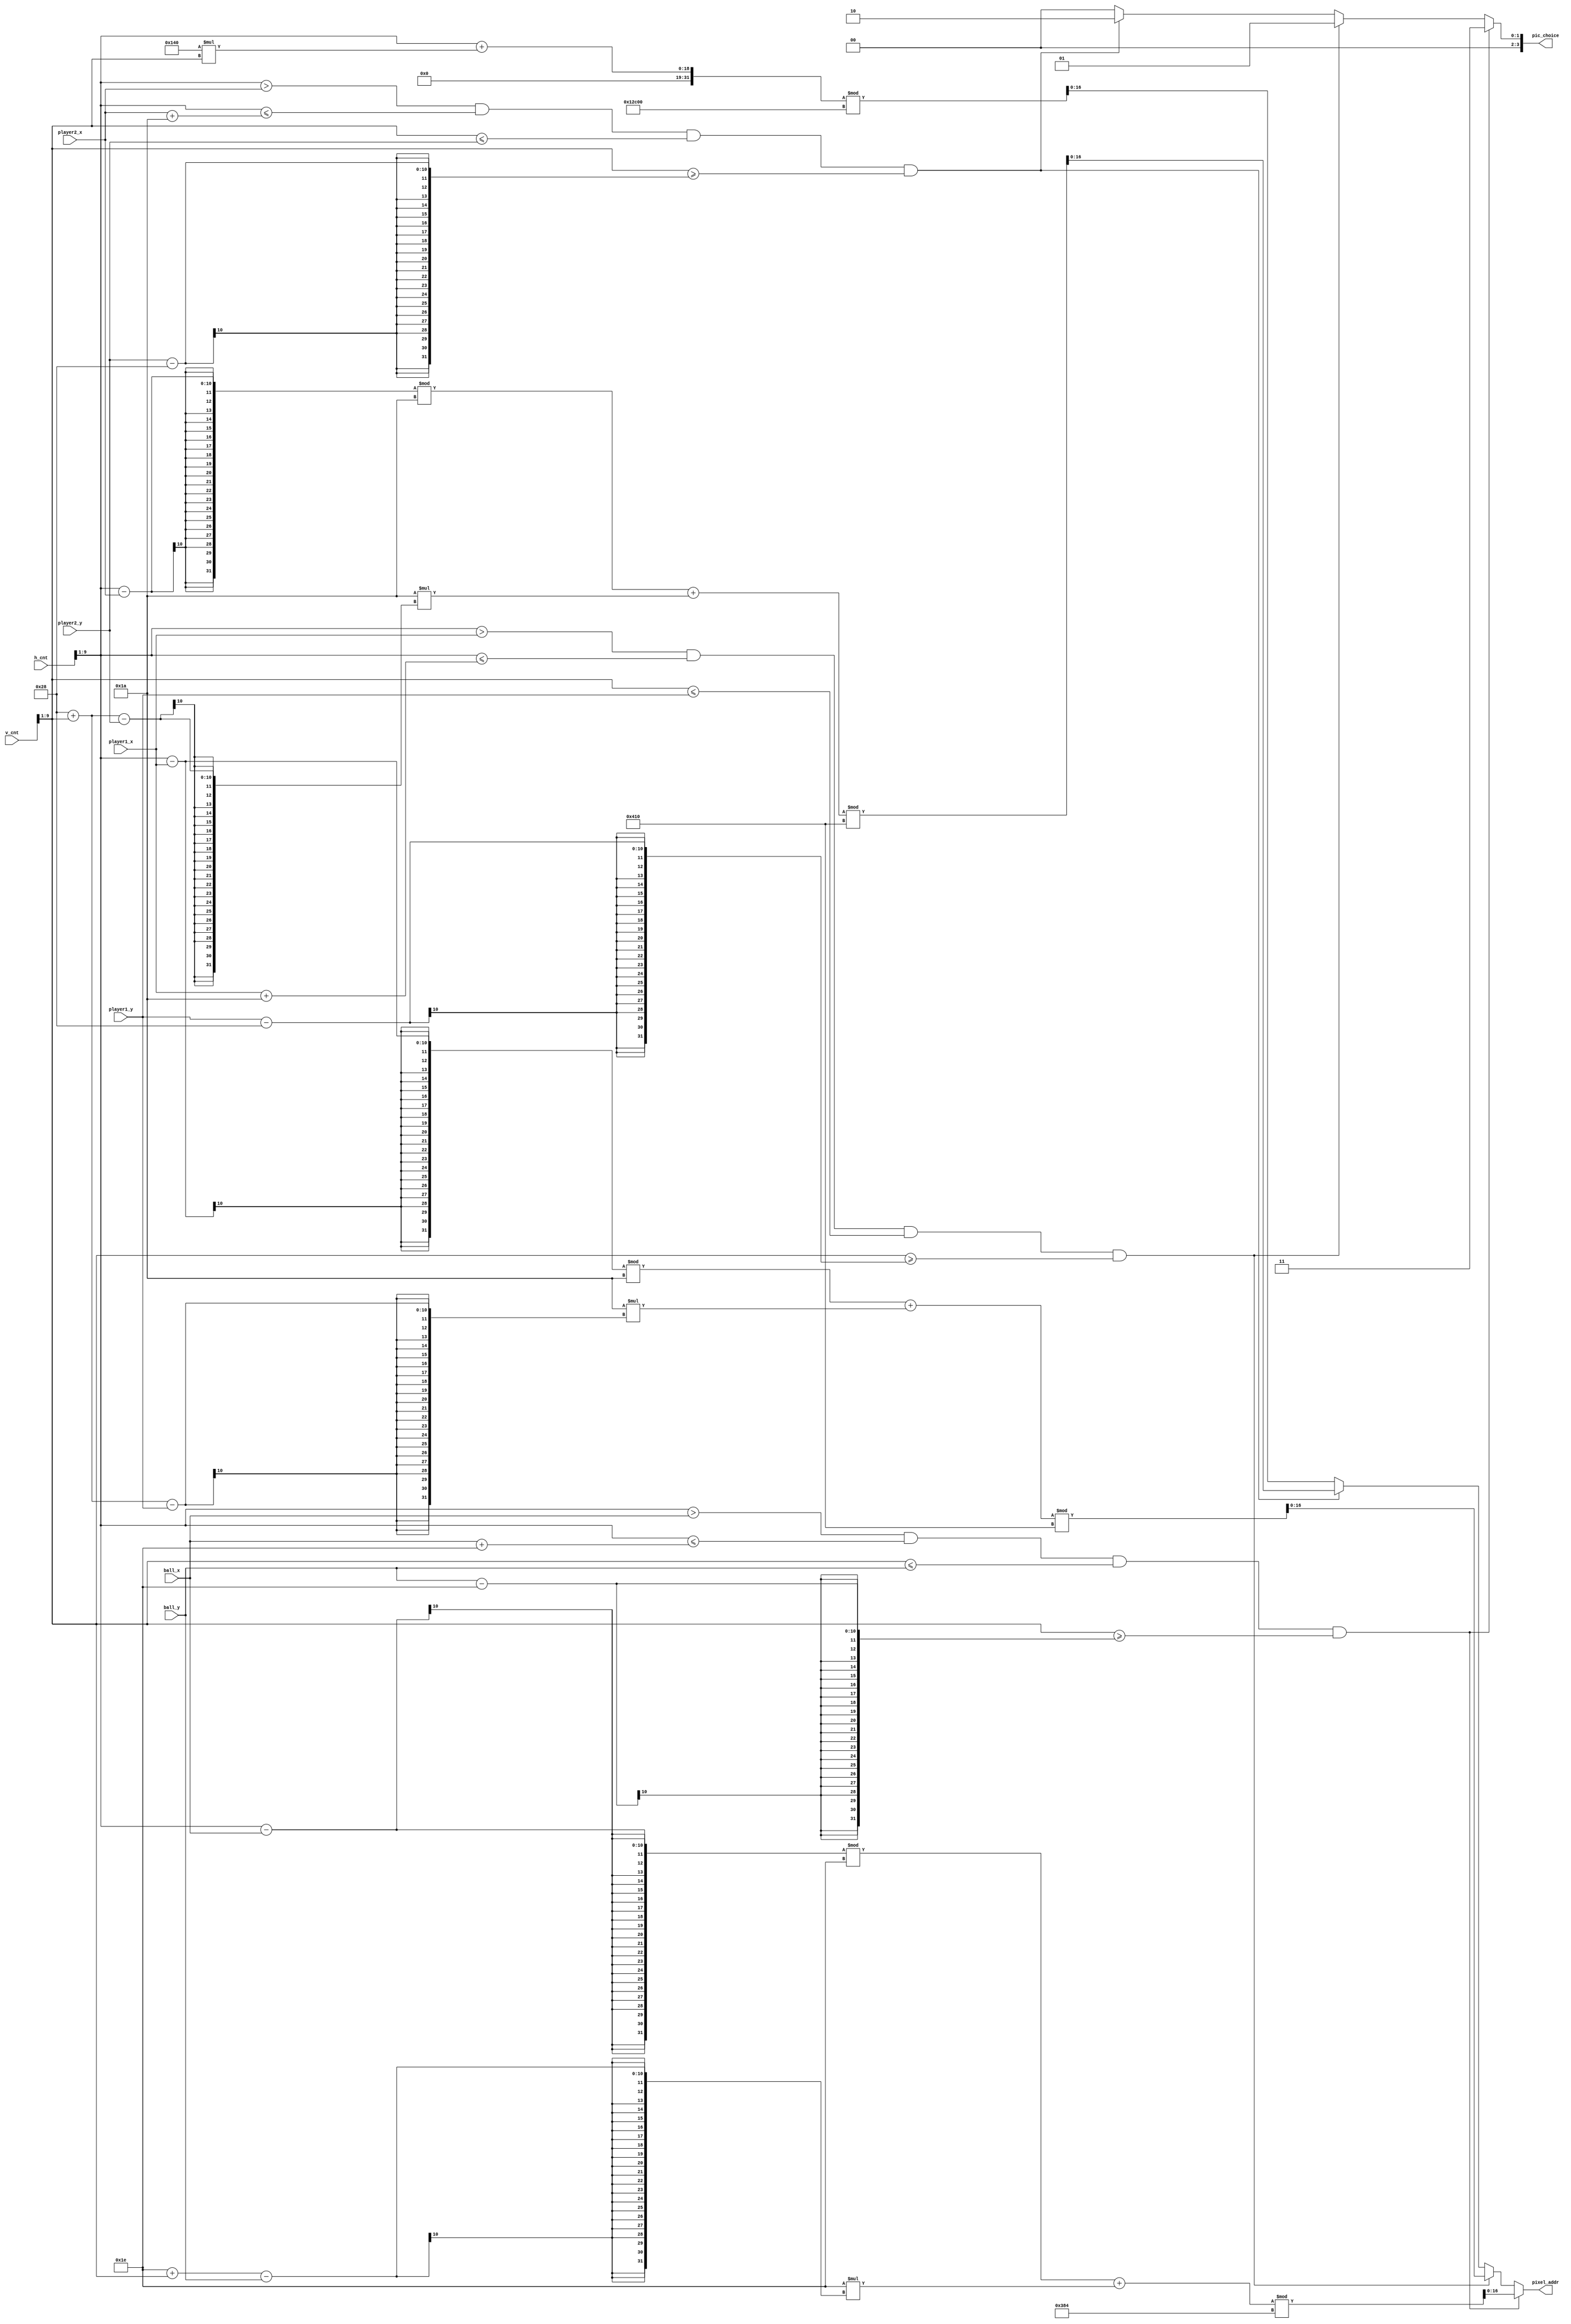
module mem_addr_gen(
   input [9:0] h_cnt,
   input [9:0] v_cnt,
   output reg [16:0] pixel_addr,
   output reg [3:0] pic_choice,
   input [9:0] player1_x,
   input [9:0] player1_y,
   input [9:0] player2_x,
   input [9:0] player2_y,
   input [9:0] ball_x,
   input [9:0] ball_y,
);

   parameter back_pic = 4'b0000;
   parameter p1_pic = 4'b0001;
   parameter p2_pic = 4'b0010;
   parameter ball_pic = 4'b0011;
   wire [9:0] hscan, vscan;
   assign hscan = h_cnt>>1;
   assign vscan = v_cnt>>1;
   always@(*)begin
         if ((hscan > ball_x) && (hscan <= ball_x + 30) && (vscan <= ball_y) && (vscan >= ball_y - 30)) begin
            pic_choice = ball_pic;
            pixel_addr = ((hscan - ball_x) % 30 + 30 * (30 + vscan - ball_y)) % 900;
            end
         else if ((hscan > player1_x) && (hscan <= player1_x + 26) && (vscan <= player1_y) && (vscan >= player1_y - 40)) begin
            pic_choice = p1_pic;
            pixel_addr = ((hscan - player1_x) % 26 + 26 * (40 + vscan - player1_y)) % 1040;
            end 
         else if ((hscan > player2_x) && (hscan <= player2_x + 26) && (vscan <= player2_y) && (vscan >= player2_y - 40)) begin
            pic_choice = p2_pic;
            pixel_addr = ((hscan - player2_x) % 26 + 26 * (40 + vscan - player2_y)) % 1040;
            end 
         else begin
            pic_choice = back_pic;
            pixel_addr = (hscan + 320 * (vscan)) % 76800;
            end
      end
endmodule